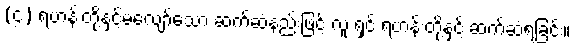
(၄) ရဟန်းတို့နှင့်မလျော်သော ဆက်ဆံနည်းဖြင့် လူ ရှင် ရဟန်းတို့နှင့် ဆက်ဆံရခြင်း။